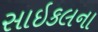
સાઇકલના